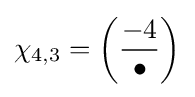
\chi _{4,3}=\left({\frac {-4}{\bullet }}\right)